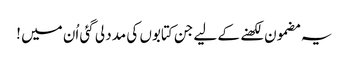
یہ مضمون لکھنے کے لیے جن کتابوں کی مدد لی گئی اُن میں !